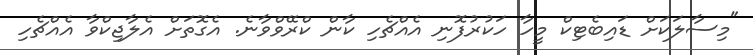
"މިސާލަކަށް ޑައިބެޓިކް މީހާ ހަކުރުފޮނި އެއްޗެހި ކާން ކްރޭވްވާނެ. އެގޮތަށް އެލާޖިކްވާ އެއްޗެހި